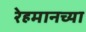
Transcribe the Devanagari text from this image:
रेहमानच्या